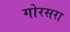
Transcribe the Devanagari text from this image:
गोरसरा